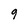
Character: 9